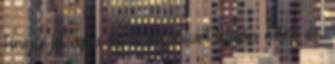
hogy jó apa volt, de mivel külön éltek és